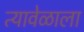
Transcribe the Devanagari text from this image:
त्यावेळाला